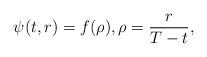
LaTeX: \begin{align*}\psi(t,r)=f(\rho),\rho=\frac{r}{T-t},\end{align*}